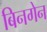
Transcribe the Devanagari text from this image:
बिनगेन